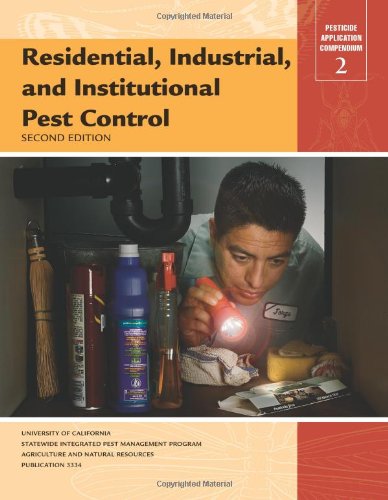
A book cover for Residential, Industrial, And Institutional Pest Control, 2nd Ed.; Pat O'connor-marer; Science & Math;